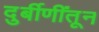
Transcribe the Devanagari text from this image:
दुर्बीणींतून